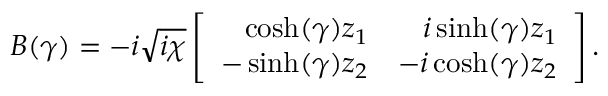
B ( \gamma ) = - i \sqrt { i \chi } \left[ \begin{array} { r r } { \cosh ( \gamma ) z _ { 1 } } & { i \sinh ( \gamma ) z _ { 1 } } \\ { - \sinh ( \gamma ) z _ { 2 } } & { - i \cosh ( \gamma ) z _ { 2 } } \end{array} \right] .